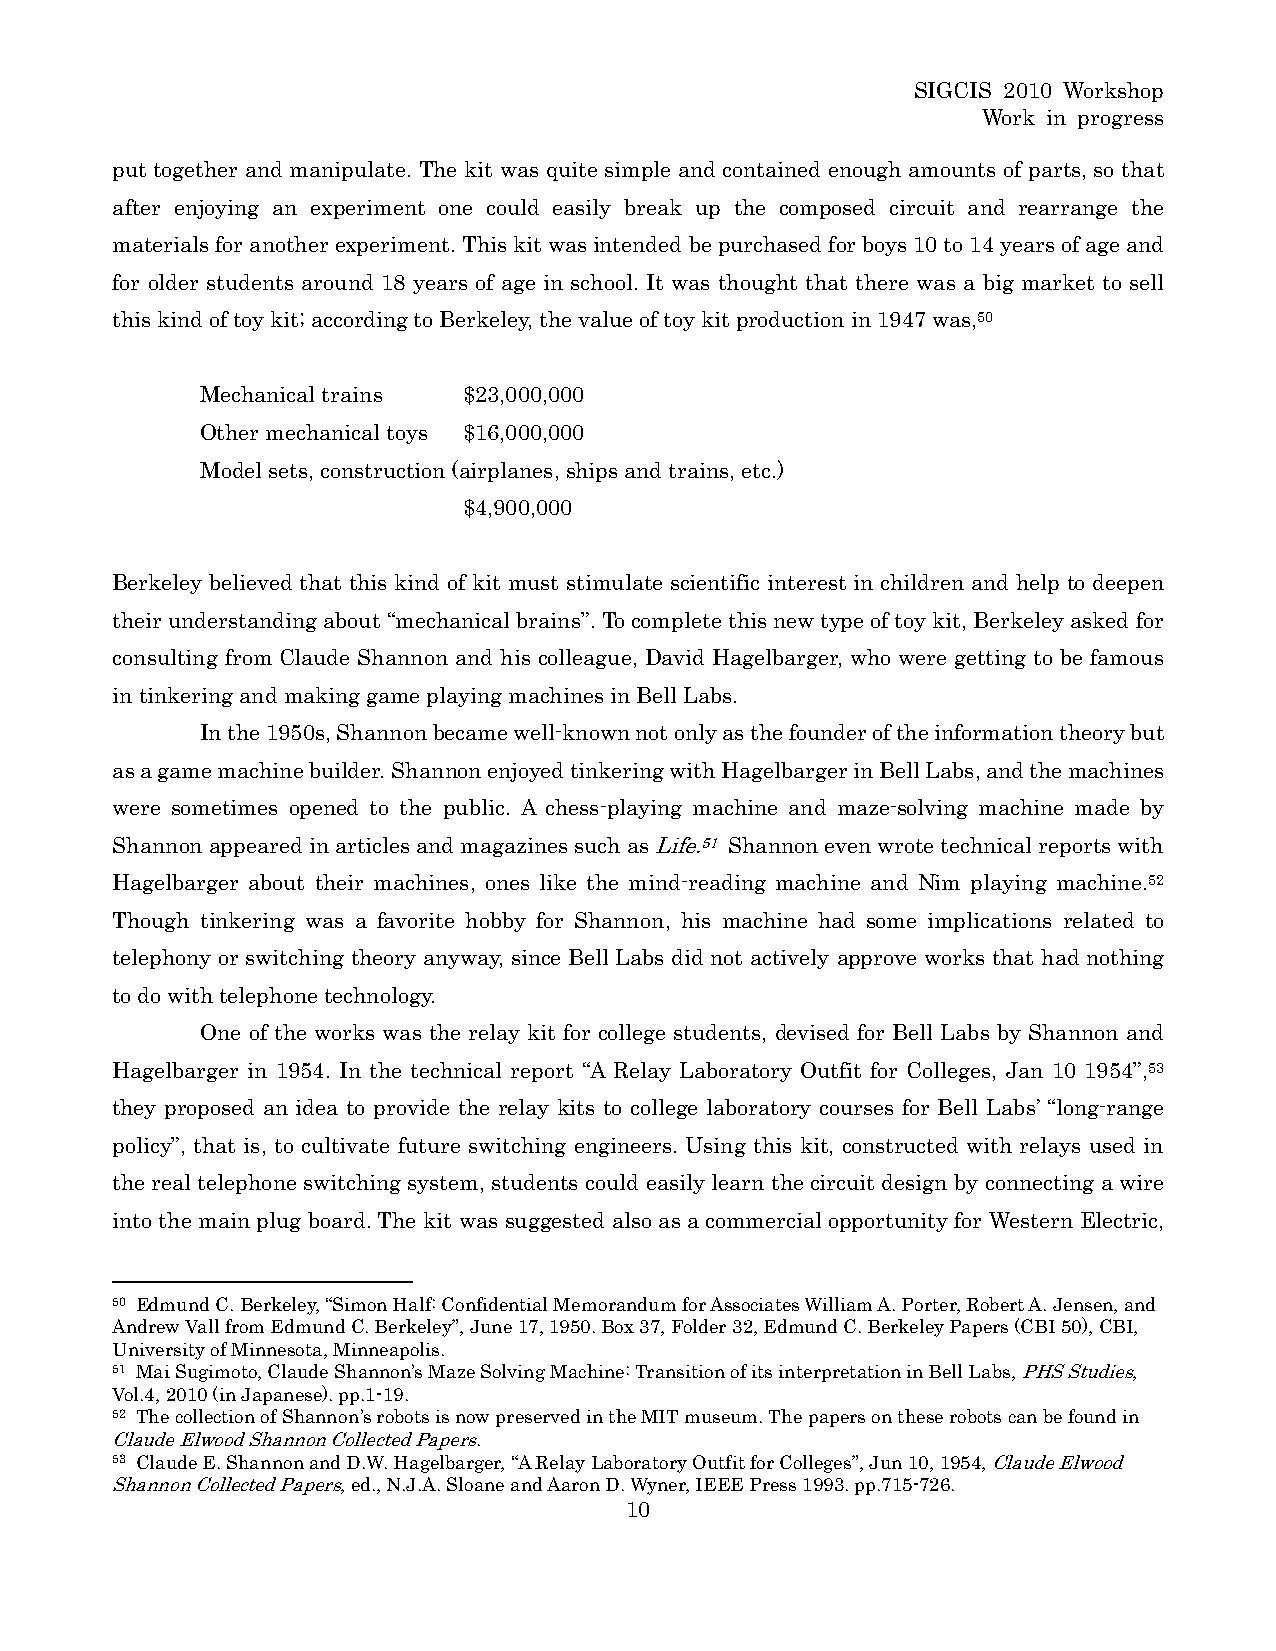
SIGCIS 2010 Workshop
 Work in progress
 put together and manipulate. The kit was quite simple and contained enough amounts of parts, so that
 after enjoying an experiment one could easily break up the composed circuit and rearrange the
 materials for another experiment. This kit was intended be purchased for boys 10 to 14 years of age and
 for older students around 18 years of age in school. It was thought that there was a big market to sell
 this kind of toy kit; according to Berkeley, the value of toy kit production in 1947 was,50
 Mechanical trains $23,000,000
 Other mechanical toys $16,000,000
 Model sets, construction (airplanes, ships and trains, etc.)
 $4,900,000
 Berkeley believed that this kind of kit must stimulate scientific interest in children and help to deepen
 their understanding about “mechanical brains”. To complete this new type of toy kit, Berkeley asked for
 consulting from Claude Shannon and his colleague, David Hagelbarger, who were getting to be famous
 in tinkering and making game playing machines in Bell Labs.
 In the 1950s, Shannon became well-known not only as the founder of the information theory but
 as a game machine builder. Shannon enjoyed tinkering with Hagelbarger in Bell Labs, and the machines
 were sometimes opened to the public. A chess-playing machine and maze-solving machine made by
 Shannon appeared in articles and magazines such as Life.51 Shannon even wrote technical reports with
 Hagelbarger about their machines, ones like the mind-reading machine and Nim playing machine.52
 Though tinkering was a favorite hobby for Shannon, his machine had some implications related to
 telephony or switching theory anyway, since Bell Labs did not actively approve works that had nothing
 to do with telephone technology.
 One of the works was the relay kit for college students, devised for Bell Labs by Shannon and
 Hagelbarger in 1954. In the technical report “A Relay Laboratory Outfit for Colleges, Jan 10 1954”,53
 they proposed an idea to provide the relay kits to college laboratory courses for Bell Labs’ “long-range
 policy”, that is, to cultivate future switching engineers. Using this kit, constructed with relays used in
 the real telephone switching system, students could easily learn the circuit design by connecting a wire
 into the main plug board. The kit was suggested also as a commercial opportunity for Western Electric,
 50 Edmund C. Berkeley, “Simon Half: Confidential Memorandum for Associates William A. Porter, Robert A. Jensen, and
 Andrew Vall from Edmund C. Berkeley”, June 17, 1950. Box 37, Folder 32, Edmund C. Berkeley Papers (CBI 50), CBI,
 University of Minnesota, Minneapolis.
 51 Mai Sugimoto, Claude Shannon’s Maze Solving Machine: Transition of its interpretation in Bell Labs, PHS Studies,
 Vol.4, 2010 (in Japanese). pp.1-19.
 52 The collection of Shannon’s robots is now preserved in the MIT museum. The papers on these robots can be found in
 Claude Elwood Shannon Collected Papers.
 53 Claude E. Shannon and D.W. Hagelbarger, “A Relay Laboratory Outfit for Colleges”, Jun 10, 1954, Claude Elwood
 Shannon Collected Papers, ed., N.J.A. Sloane and Aaron D. Wyner, IEEE Press 1993. pp.715-726.
 10